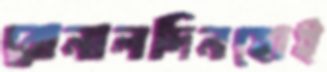
রোনালদিনহোই